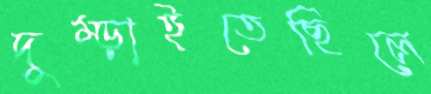
দুম্‌ড়াইতেছিলে